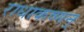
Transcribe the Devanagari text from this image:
राधाकष्णन्